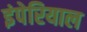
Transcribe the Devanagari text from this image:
इंपेरियाल